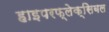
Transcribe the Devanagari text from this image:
हाइपरफ्लेक्सिबल